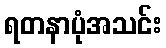
ရတနာပုံအသင်း